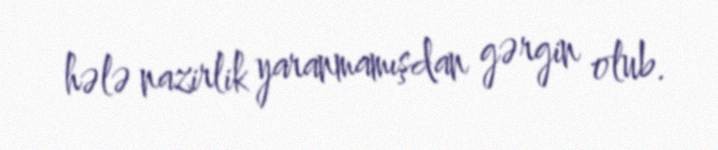
hələ nazirlik yaranmamışdan gərgin olub.